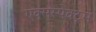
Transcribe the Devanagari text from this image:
एक्सस्पेक्ट्रम